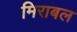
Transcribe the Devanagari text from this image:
मिराबल